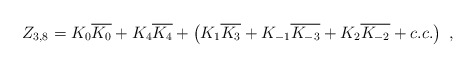
\begin{align*}Z_{3,8}=K_0 \overline{K_0}+ K_4 \overline{K_4} +\left(K_1 \overline{K_3} +K_{-1} \overline{K_{-3}}+ K_2 \overline{K_{-2}} + c.c .\right) \ ,\end{align*}